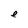
Character: e